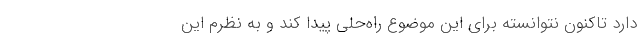
دارد تاکنون نتوانسته برای این موضوع راه‌حلی پیدا کند و به نظرم این